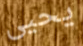
يحيى